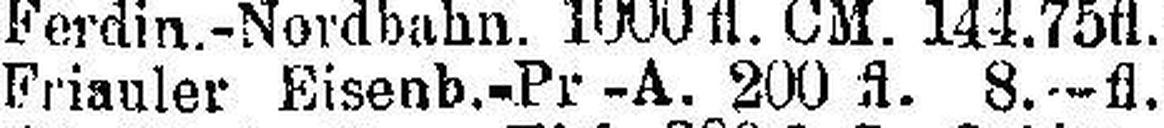
Friauler Eisenb.-Pr-A. 200 fl. 8.—fl.